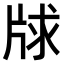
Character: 𤗂